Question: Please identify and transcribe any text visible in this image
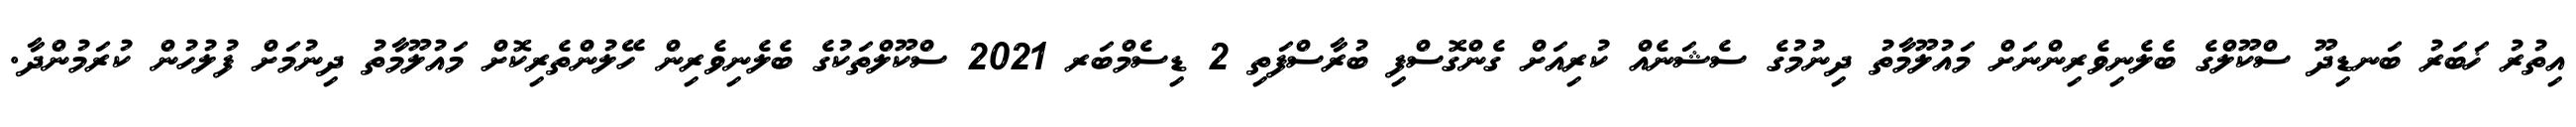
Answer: އިތުރު ޚަބަރު ބަނޑިދޫ ސްކޫލްގެ ބެލެނިވެރިންނަށް މައުލޫމާތު ދިނުމުގެ ސެޝަނެއް ކުރިއަށް ގެންގޮސްފި ބުރާސްފަތި 2 ޑިސެމްބަރ 2021 ސްކޫލްތަކުގެ ބެލެނިވެރިން ހޭލުންތެރިކޮށް މައުލޫމާތު ދިނުމަށް ފުލުހުން ކުރަމުންދާ.